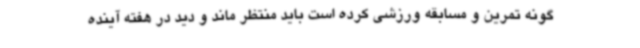
گونه تمرین و مسابقه ورزشی کرده است باید منتظر ماند و دید در هفته آینده